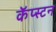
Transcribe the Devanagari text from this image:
कॅप्स्टन